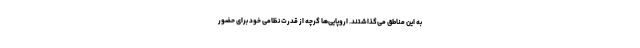
به این مناطق می‌گذاشتند. اروپایی‌ها گرچه از قدرت نظامی خود برای حضور